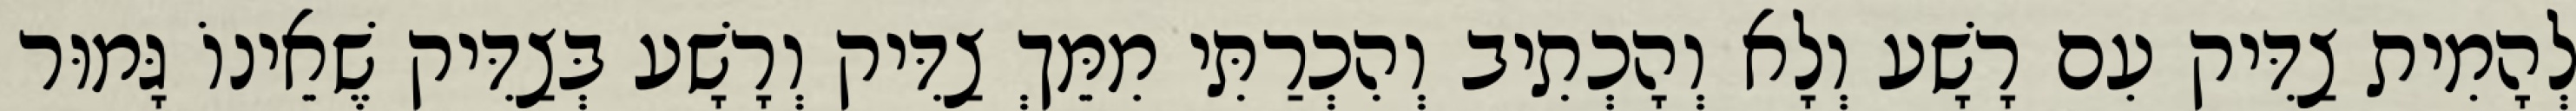
לְהָמִית צַדִּיק עִם רָשָׁע וְלָא וְהָכְתִיב וְהִכְרַתִּי מִמֵּךְ צַדִּיק וְרָשָׁע בְּצַדִּיק שֶׁאֵינוֹ גָּמוּר